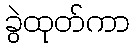
ခွဲထုတ်ကာ